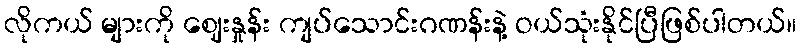
လိုကယ် များကို ဈေးနှုန်း ကျပ်သောင်းဂဏန်းနဲ့ ဝယ်သုံးနိုင်ပြီဖြစ်ပါတယ်။